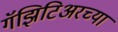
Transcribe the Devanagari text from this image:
गॅझिटिअरच्या